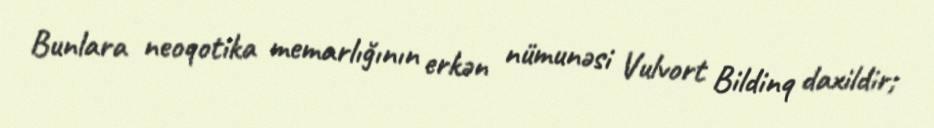
Bunlara neoqotika memarlığının erkən nümunəsi Vulvort Bildinq daxildir;